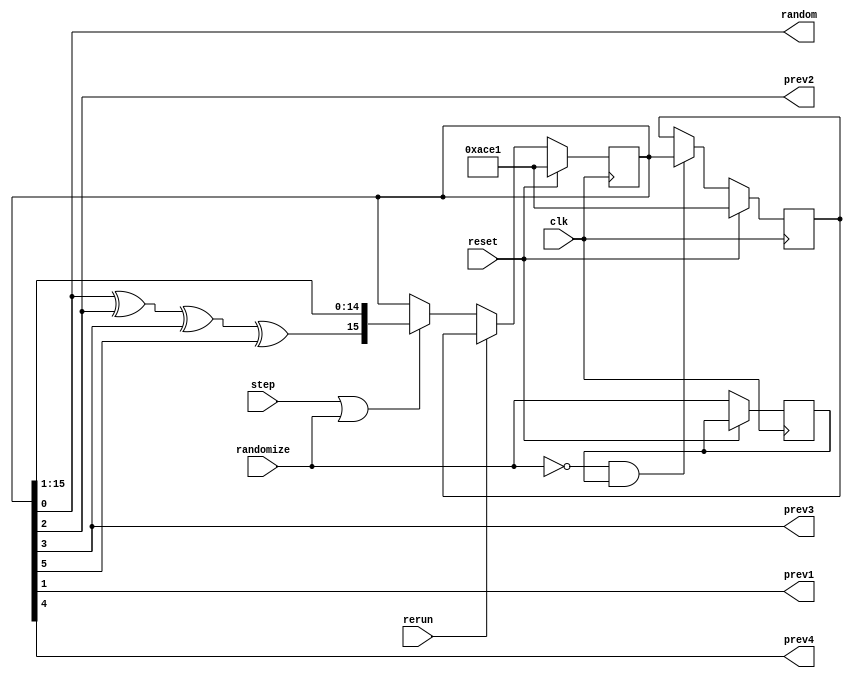
module LFSR #(parameter FILL=16'hACE1) (output random, output prev1, output prev2, output prev3, output prev4, input step, rerun, randomize, clk, reset);

reg [15:0] lfsr, rerun_reg;
reg randomize_d;
wire fb = lfsr[0] ^ lfsr[2] ^ lfsr[3] ^ lfsr[5];
wire falling_edge_randomize  = ~randomize & randomize_d;
assign random = lfsr[0];
assign prev1 = lfsr[1]; 
assign prev2 = lfsr[2]; 
assign prev3 = lfsr[3]; 
assign prev4 = lfsr[4]; 

always @(posedge clk) begin
  if (reset) begin
    lfsr <= FILL; 
    rerun_reg <= FILL;
  end
  else begin
    randomize_d <= randomize;

    if (step | randomize) begin
      lfsr <={fb, lfsr[15:1]};
    end

    if (rerun) begin
      lfsr <= rerun_reg;
    end

    if (falling_edge_randomize) begin
      rerun_reg <= lfsr;
    end
  end
end
endmodule